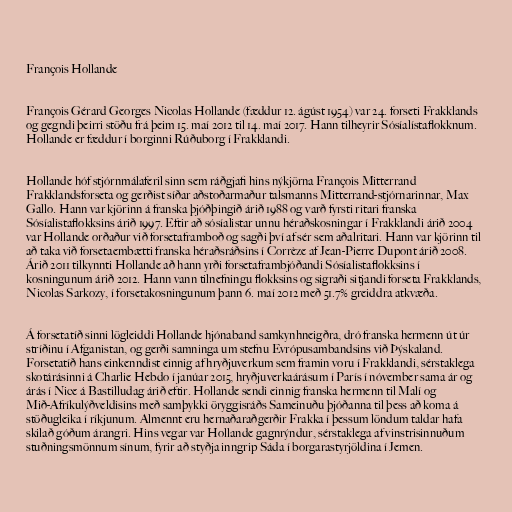
François Hollande

François Gérard Georges Nicolas Hollande (fæddur 12. ágúst 1954) var 24. forseti Frakklands
og gegndi þeirri stöðu frá þeim 15. maí 2012 til 14. maí 2017. Hann tilheyrir Sósíalístaflokknum.
Hollande er fæddur í borginni Rúðuborg í Frakklandi.

Hollande hóf stjórnmálaferil sinn sem ráðgjafi hins nýkjörna François Mitterrand
Frakklandsforseta og gerðist síðar aðstoðarmaður talsmanns Mitterrand-stjórnarinnar, Max
Gallo. Hann var kjörinn á franska þjóðþingið árið 1988 og varð fyrsti ritari franska
Sósíalistaflokksins árið 1997. Eftir að sósíalistar unnu héraðskosningar í Frakklandi árið 2004
var Hollande orðaður við forsetaframboð og sagði því af sér sem aðalritari. Hann var kjörinn til
að taka við forsetaembætti franska héraðsráðsins í Corrèze af Jean-Pierre Dupont árið 2008.
Árið 2011 tilkynnti Hollande að hann yrði forsetaframbjóðandi Sósíalistaflokksins í
kosningunum árið 2012. Hann vann tilnefningu flokksins og sigraði sitjandi forseta Frakklands,
Nicolas Sarkozy, í forsetakosningunum þann 6. maí 2012 með 51.7% greiddra atkvæða.

Á forsetatíð sinni lögleiddi Hollande hjónaband samkynhneigðra, dró franska hermenn út úr
stríðinu í Afganistan, og gerði samninga um stefnu Evrópusambandsins við Þýskaland.
Forsetatíð hans einkenndist einnig af hryðjuverkum sem framin voru í Frakklandi, sérstaklega
skotárásinni á Charlie Hebdo í janúar 2015, hryðjuverkaárásum í París í nóvember sama ár og
árás í Nice á Bastilludag árið eftir. Hollande sendi einnig franska hermenn til Malí og
Mið-Afríkulýðveldisins með samþykki öryggisráðs Sameinuðu þjóðanna til þess að koma á
stöðugleika í ríkjunum. Almennt eru hernaðaraðgerðir Frakka í þessum löndum taldar hafa
skilað góðum árangri. Hins vegar var Hollande gagnrýndur, sérstaklega af vinstrisinnuðum
stuðningsmönnum sínum, fyrir að styðja inngrip Sáda í borgarastyrjöldina í Jemen.